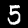
Label: 5